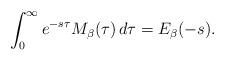
LaTeX: \begin{align*}\int_{0}^{\infty}e^{-s\tau}M_{\beta}(\tau)\,d\tau=E_{\beta}(-s).\end{align*}